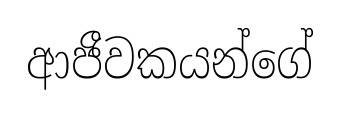
ආජීවකයන්ගේ